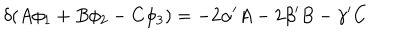
LaTeX: \delta ( A \phi _ { 1 } + B \phi _ { 2 } - C \phi _ { 3 } ) = - 2 \alpha ^ { \prime } A - 2 \beta ^ { \prime } B - \gamma ^ { \prime } C